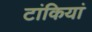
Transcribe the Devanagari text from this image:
टांकियां